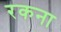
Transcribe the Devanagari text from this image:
रकना